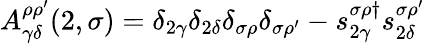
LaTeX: A_{\gamma\delta}^{\rho\rho^{\prime}}(2,\sigma)=\delta_{2\gamma}\delta_{2\delta}\delta_{\sigma\rho}\delta_{\sigma\rho^{\prime}}-s_{2\gamma}^{\sigma\rho\dagger}s_{2\delta}^{\sigma\rho^{\prime}}